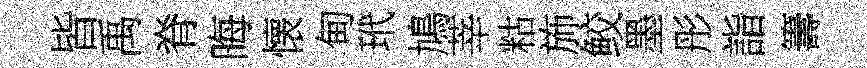
皆禹脊晦懐甸玳鳩莘䊀斾鲛墨彤詣籌